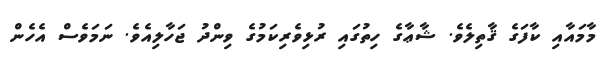
މާމައާއި ކާފަގެ ޤާތިލެވެ. ޝާޢާގެ ހިތުގައި ރުޅިވެރިކަމުގެ ވިންދު ޖަހާލިއެވެ. ނަމަވެސް އެެހެން